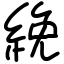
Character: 絻